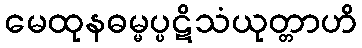
မေထုနဓမ္မပ္ပဋိသံယုတ္တာဟိ